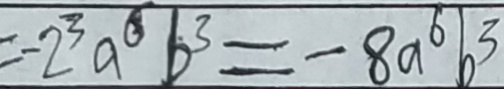
= - 2 ^ { 3 } a ^ { 6 } b ^ { 3 } = - 8 a ^ { 6 } b ^ { 3 }